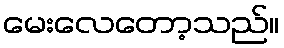
မေးလေတော့သည်။